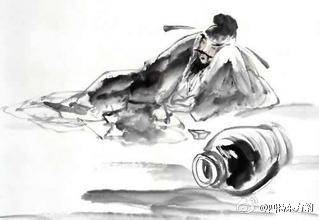
今朝有酒今朝醉，明日愁来明日愁。